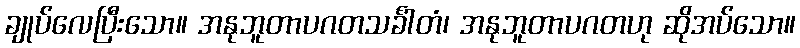
ချုပ်လေပြီးသော။ အနုဘူတာပဂတသင်္ခါတံ၊ အနုဘူတာပဂတဟု ဆိုအပ်သော။